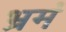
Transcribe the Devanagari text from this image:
भ्रमं